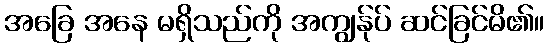
အခြေ အနေ မရှိသည်ကို အကျွန်ုပ် ဆင်ခြင်မိ၏။